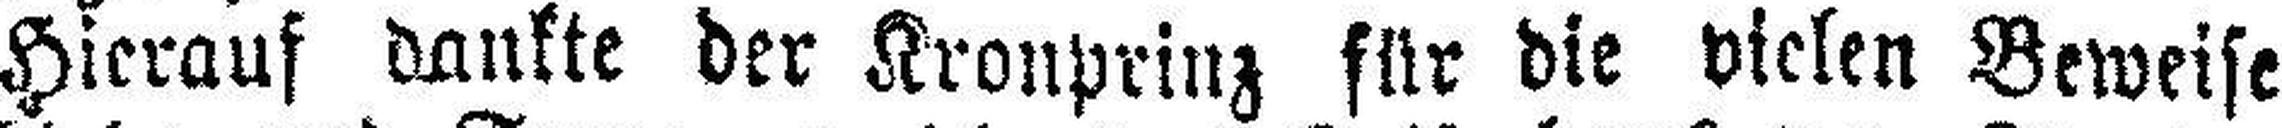
Hierauf dankte der Kronprinz für die vielen Beweise